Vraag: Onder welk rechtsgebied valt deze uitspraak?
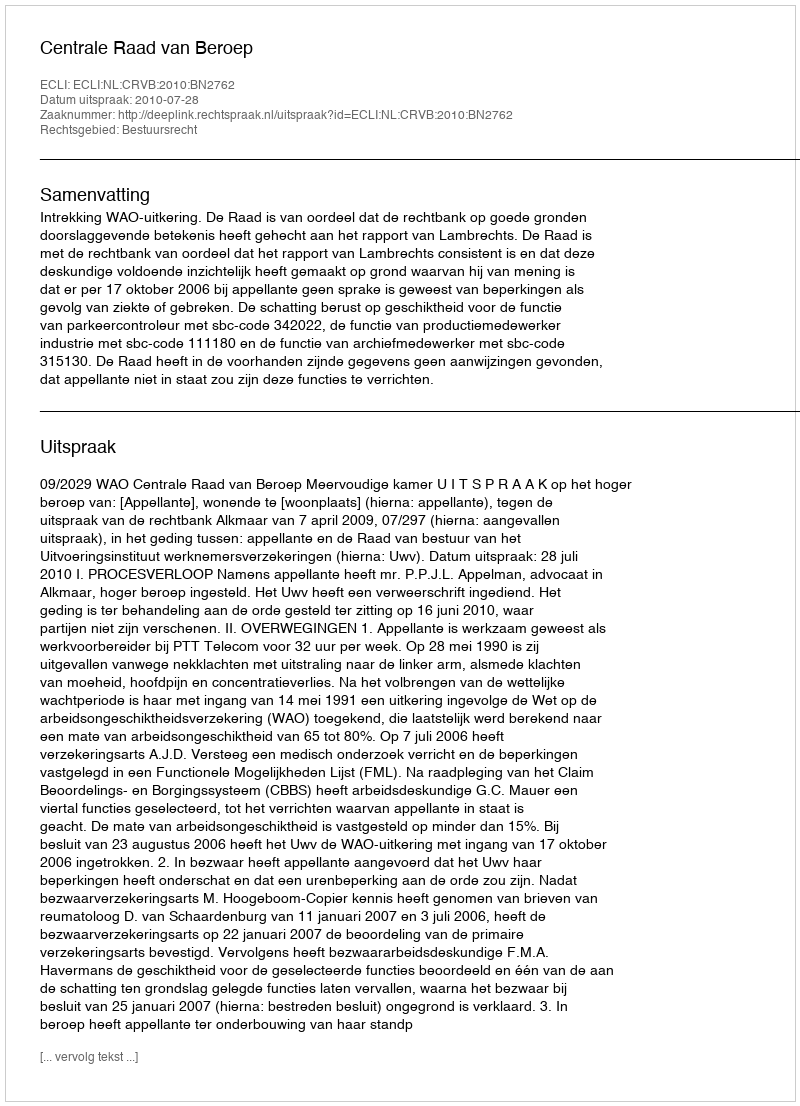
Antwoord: Bestuursrecht